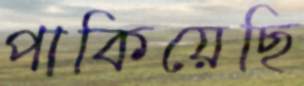
পাকিয়েছি